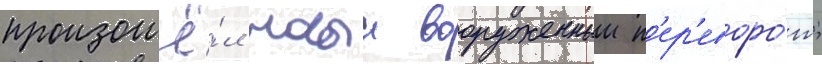
произошё́л новыи вооруженныи п'ер'еворо́т;